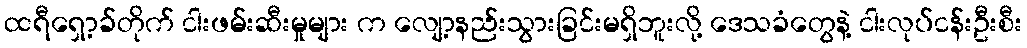
ထရီရှော့ခ်တိုက် ငါးဖမ်းဆီးမှုများ က လျော့နည်းသွားခြင်းမရှိဘူးလို့ ဒေသခံတွေနဲ့ ငါးလုပ်ငန်းဦးစီး